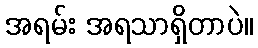
အရမ်း အရသာရှိတာပဲ။